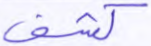
كشف